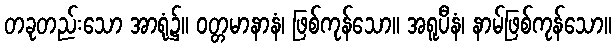
တခုတည်းသော အာရုံ၌။ ဝတ္တမာနာနံ၊ ဖြစ်ကုန်သော။ အရူပီနံ၊ နာမ်ဖြစ်ကုန်သော။